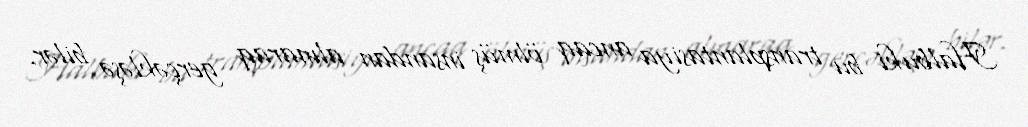
Halbuki bu transplantasiya ancaq ölmüş insandan alınaraq gerçəkləşə bilər.